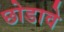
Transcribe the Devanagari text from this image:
छोडावे